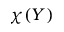
\chi ( Y )